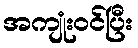
အကျုံးဝင်ပြီး